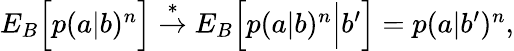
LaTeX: \begin{array}{r}{{E}_{B}\Big[p(a|b)^{n}\Big]\stackrel{*}{\rightarrow}{E}_{B}\Big[p(a|b)^{n}\Big|b^{\prime}\Big]=p(a|b^{\prime})^{n},}\end{array}